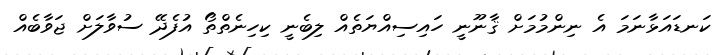
ކަނޑައަޅާނަމަ އެ ނިންމުމަށް ޤާނޫނީ ހައިސިއްޔަތެއް ލިބެނީ ކިހިނެތްތޯ އުފެދޭ ސުވާލަށް ޖަވާބެއް